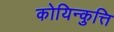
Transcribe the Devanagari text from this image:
कोयिन्कुत्ति